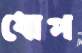
ধোপ